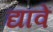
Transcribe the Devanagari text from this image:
द्यावें